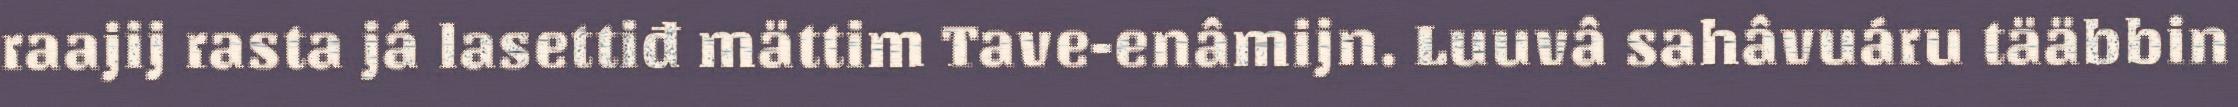
raajij rasta já lasettiđ mättim Tave-enâmijn. Luuvâ sahâvuáru tääbbin